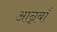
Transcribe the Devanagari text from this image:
आन्नबाँ